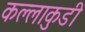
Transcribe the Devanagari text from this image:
कल्लाकुडी